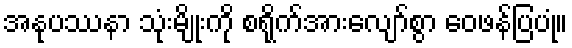
အနုပဿနာ သုံးမျိုးကို စရိုက်အားလျော်စွာ ဝေဖန်ပြပုံ။